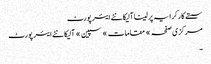
سستے کار کرایہ پر لینا آلیکانٹے ایئر پورٹ
مرکزی صفحہ » مقامات » سپین » آلیکانٹے ایئر پورٹ
۔